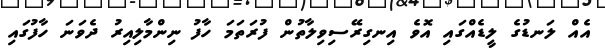
އެއް ލަނޑުގެ ލީޑެއްގައި އޮވެ އިނގިރޭސިވިލާތުން ފުރަތަމަ ހާފު ނިންމާލިއިރު ދެވަނަ ހާފުގައި